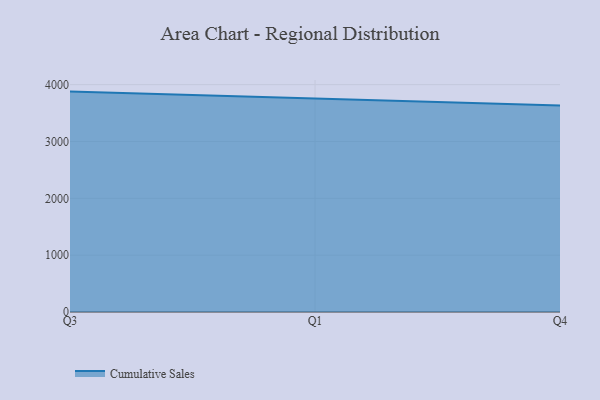
{"axis": {"x": "Quarter", "y": "Waste Production (Tons)"}, "legend": ["Cumulative Sales"], "data": [{"x": "Q3", "y": 3877.5, "type": "Cumulative Sales"}, {"x": "Q1", "y": 3751.3, "type": "Cumulative Sales"}, {"x": "Q4", "y": 3631.7, "type": "Cumulative Sales"}]}